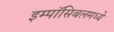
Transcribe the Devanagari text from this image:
इम्पॉसिबलमध्ये